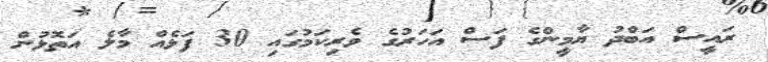
ރައީސް އަބްދު ޔާމީންގެ ފަސް އަހަރުގެ ވެރިކަމުގައި 30 ފަޅެއް މާލެ އަތޮޅުން